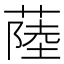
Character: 𦸐